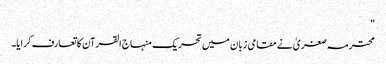
"
محترمہ صغریٰ نے مقامی زبان میں تحریک منہاج القرآن کا تعارف کرایا۔